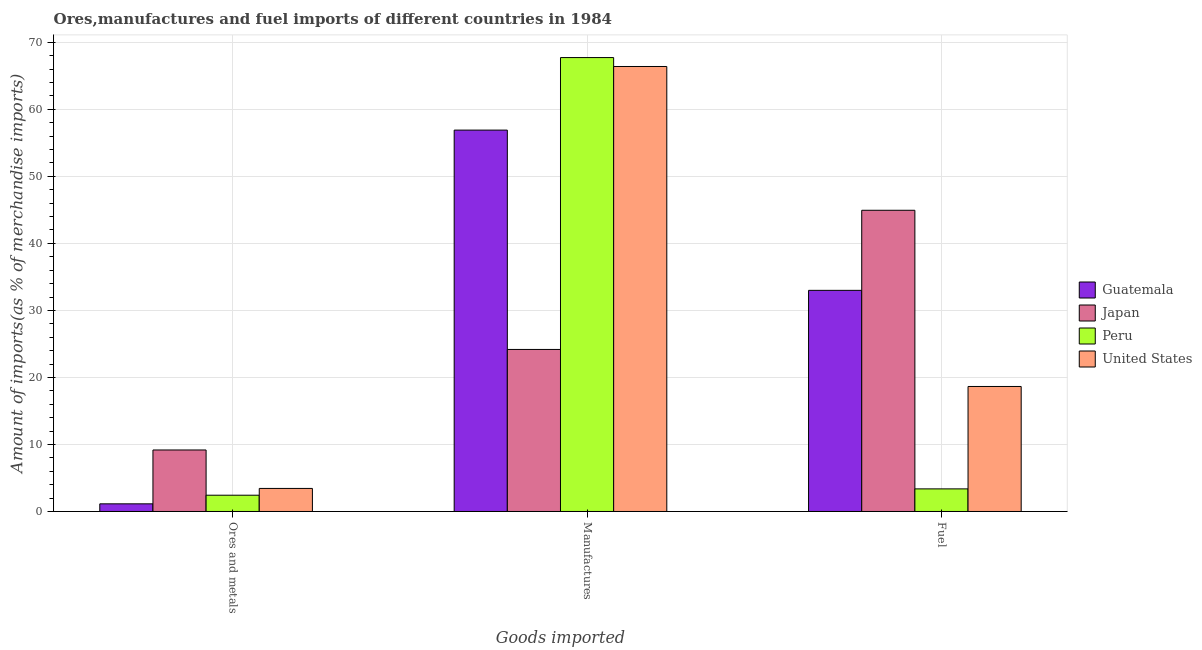
| Goods imported | Guatemala | Japan | Peru | United States |
 | --- | --- | --- | --- | --- |
 | Ores and metals | 1.14 | 9.18 | 2.43 | 3.44 |
 | Manufactures | 56.9 | 24.2 | 67.7 | 66.4 |
 | Fuel | 33 | 44.9 | 3.37 | 18.7 |